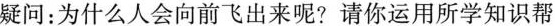
疑问：为什么人会向前飞出来呢?请你运用所学知识帮